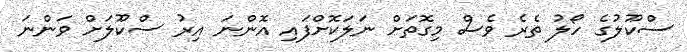
ސްކޫލުގެ ހޯލު ތެރެ ވެސް މިގޮތަށް ނަލަކޮށްފައި އޮންނަ އިރު ސްކޫލަށް ވަންނަ